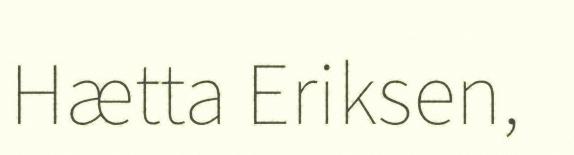
Hætta Eriksen,